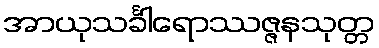
အာယုသင်္ခါရောဿဇ္ဇနသုတ္တ